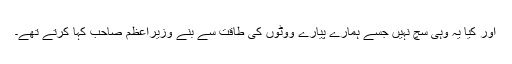
اور کیا یہ وہی سچ نہیں جسے ہمارے پیارے ووٹوں کی طاقت سے بنے وزیراعظم صاحب کہا کرتے تھے۔